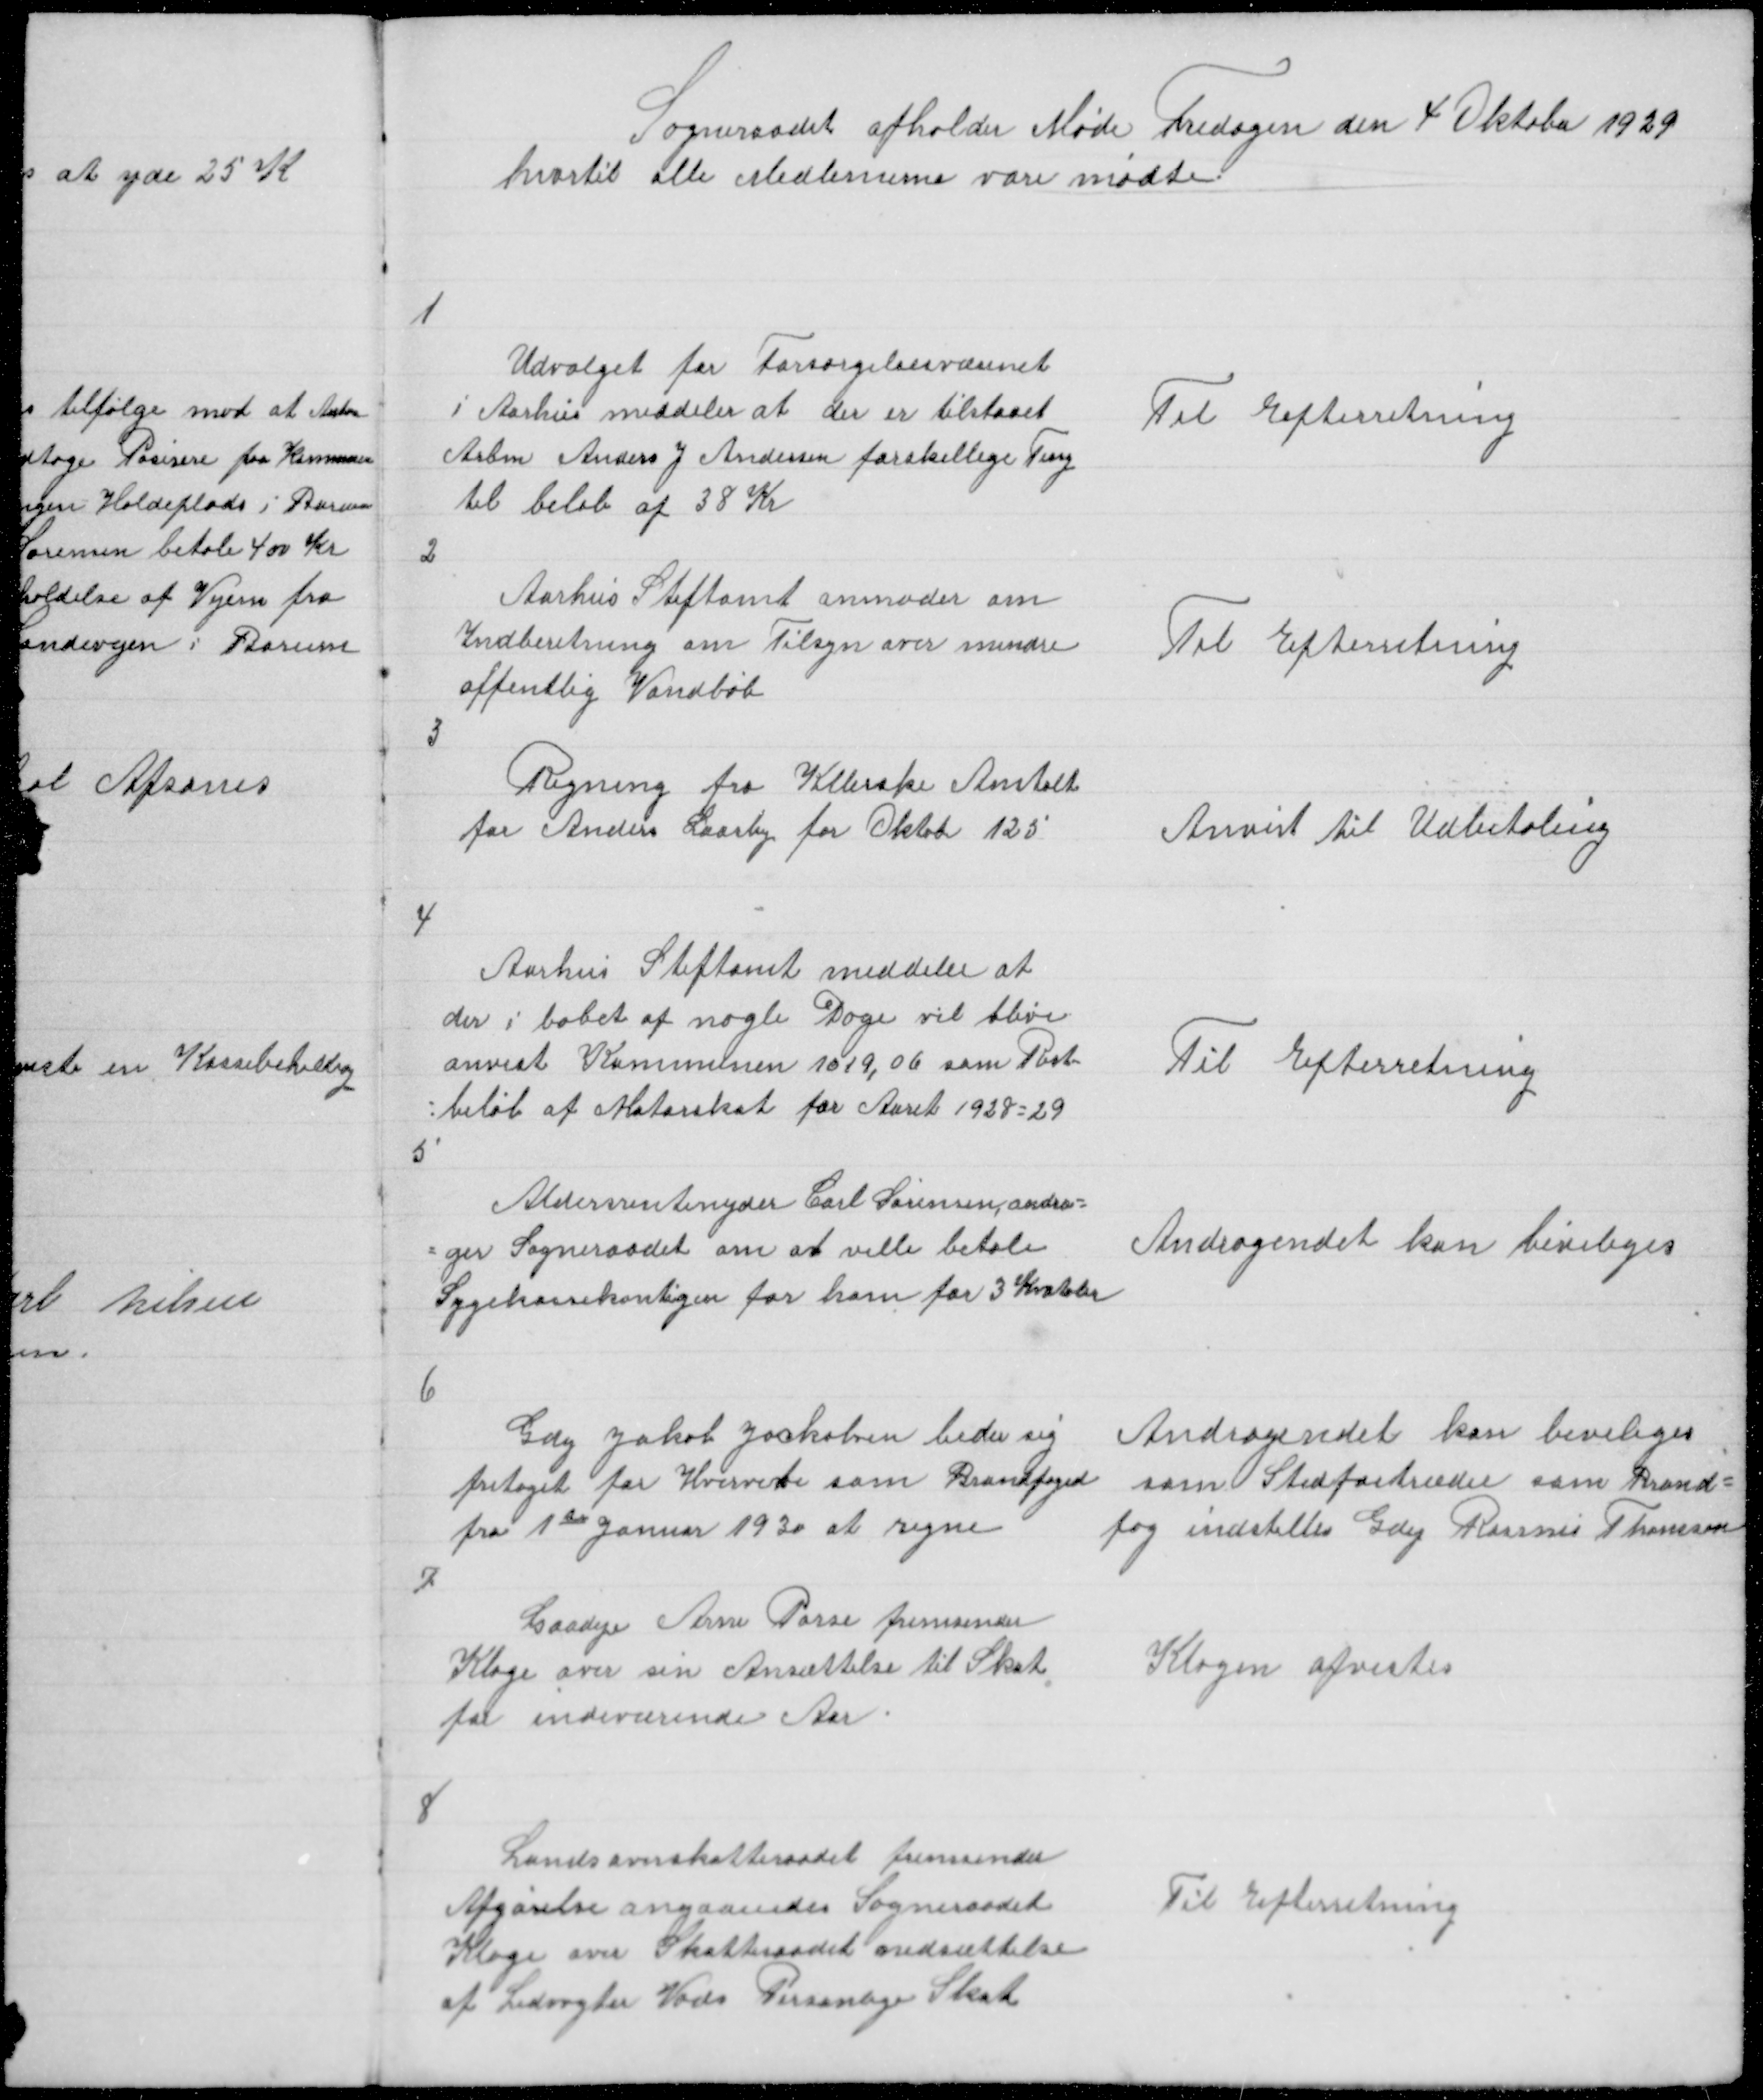
Transskription:
Sogneraadet afholder Møde Fredagen den 4 Oktober 1929
hvortil alle Medlemerne vare mødte

1

Udvalget for Forsørgelsesvæsenet
i Aarhus meddeler at der er tilstaaet
Arbm Anders J Andersen forskellige Ting
til beløb af 38 Kr

Til Efterretning

2

Aarhus Stiftamt anmoder om
Indberetning om Tilsyn over mindre
offentlig Vandløb

Til Efterretning

3

Regning fra Kellerske Anstalt
for Anders Laasby for Oktobr 125

Anvist til Udbetaling

4

Aarhus Stiftamt meddeler at
der i løbet af nogle Dage vil blive
anvist Kommunen 1019,06 som Rest =
= beløb af Motorskat for Aaret 1928 = 29

Til Efterretning

5
Aldersrentenyder Carl Sørensen andra =
= ger Sogneraadet om at ville betale
Sygekassekontigen for ham for 3 Kvataler

Andragendet kan beviliges

6

Gdej Jakob Jackobsen beder sig
fritaget for Hvervet som Brandfoged
fra 1te Januar 1930 at regne

Andragendet kan beviliges
som Stedfortræder som Brand =
fog indstilles Gdej Rasmu Thomsen

7

Gaadeje Arne Porse fremsender
Klage over sin Ansættelse til Skat
for indeværende Aar

Klagen afvistes

8

Landsoverskatteraadet fremsender
Afgørelse angaaendes Sogneraadet
Klage over Skatteraadet andsættelse
af Ledvogter Vads Personlige Skat

Til Efterretning